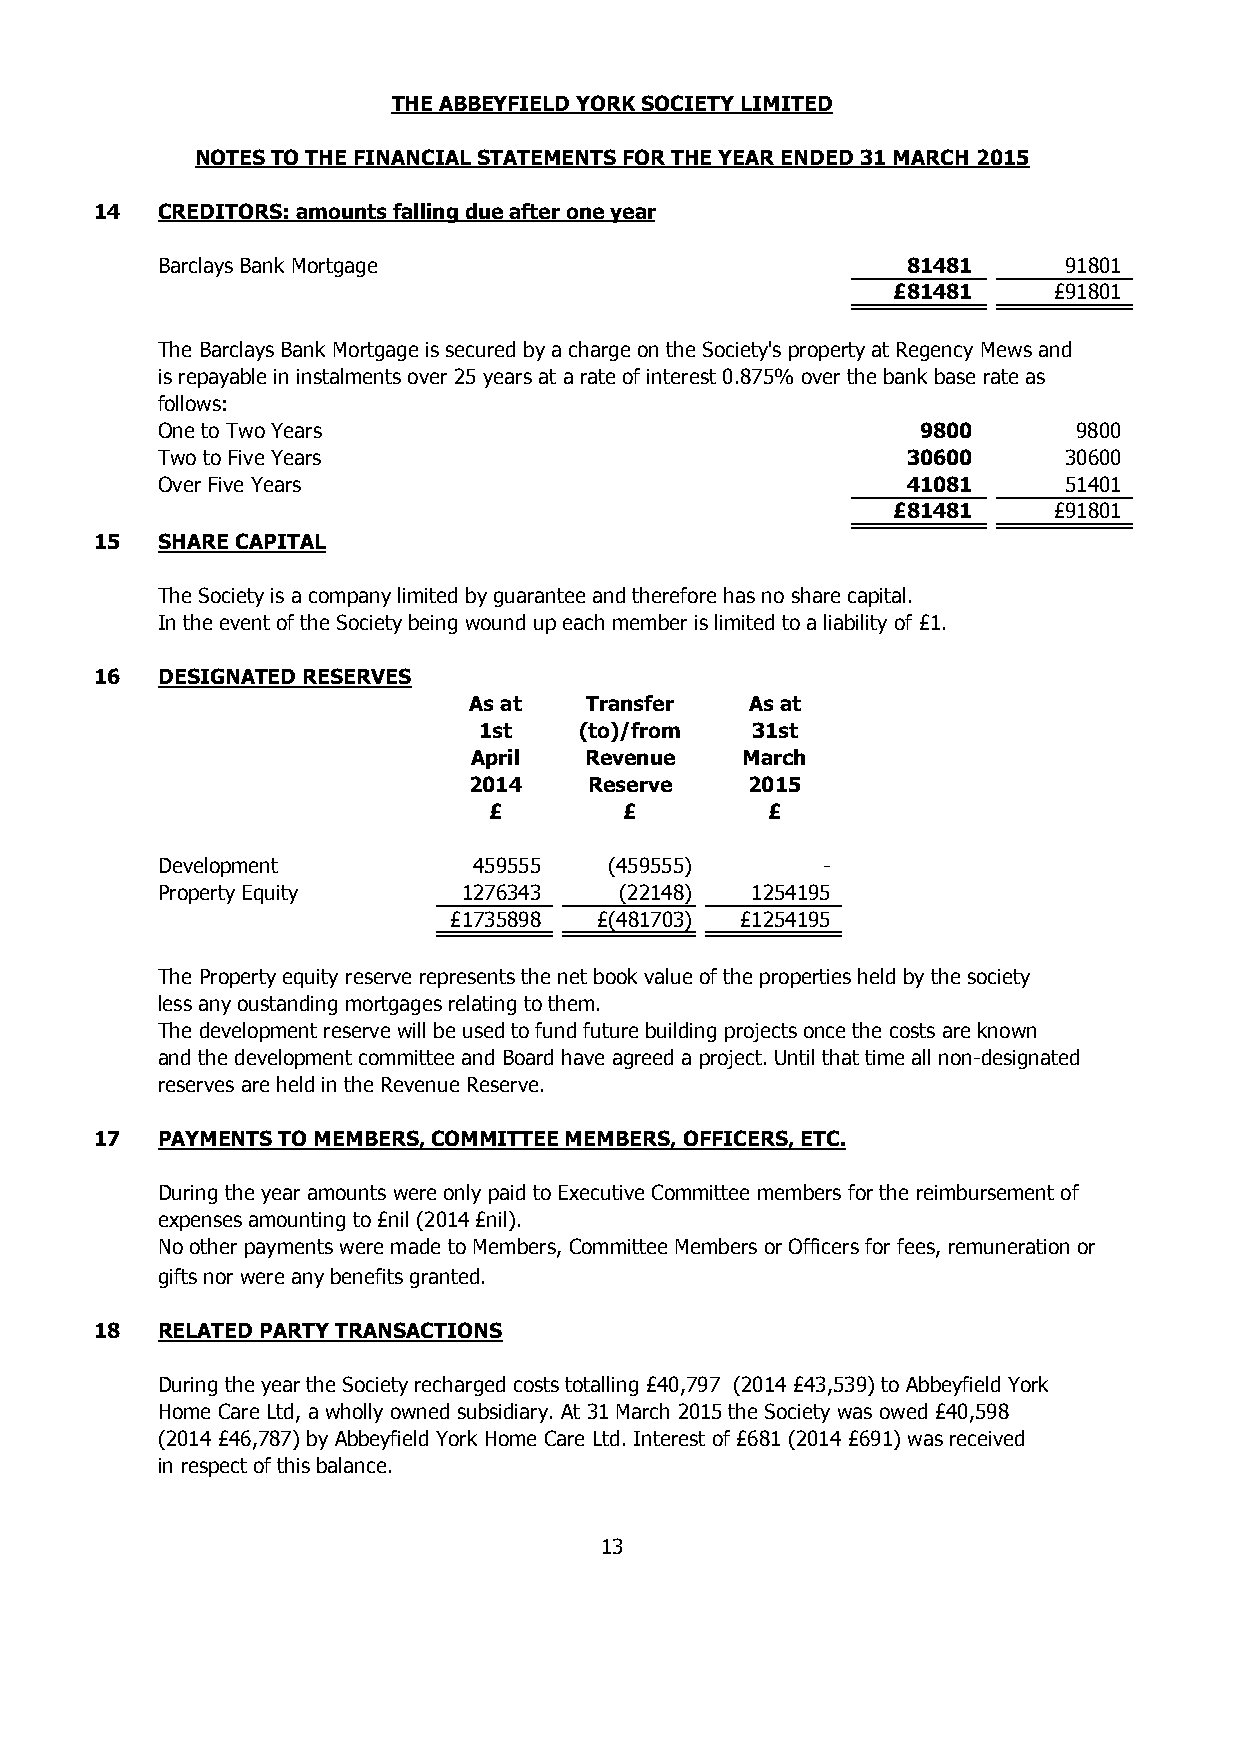
THE ABBEYFIELD YORK SOCIETY LIMITED
 NOTES TO THE FINANCIAL STATEMENTS FOR THE YEAR ENDED 31 MARCH 2015
 14  CREDITORS: amounts falling due after one year
 Barclays Bank Mortgage                            81481     91801
 £81481     £ 91801
 The Barclays Bank Mortgage is secured by a charge on the Society's property at Regency Mews and
 is repayable in instalments over 25 years at a rate of interest 0.875% over the bank base rate as
 follows:
 One to Two Years                                   9 800     9800
 Two to Five Years                                 30600     30600
 Over Five Years                                   41081     51401
 £81481     £ 91801
 15  SHARE CAPITAL
 The Society is a company limited by guarantee and therefore has no share capital.
 In the event of the Society being wound up each member is limited to a liability of £1.
 16  DESIGNATED RESERVES
 As at   Transfer   As at
 1st   (to)/from   31st
 April   Revenue   March
 2014    Reserve    2015
 £        £         £
 Development          459555   (459555)      -
 Property Equity      1 276343  ( 22148) 1254195
 £1735898  £(481703) £1254195
 The Property equity reserve represents the net book value of the properties held by the society
 less any oustanding mortgages relating to them.
 The development reserve will be used to fund future building projects once the costs are known
 and the development committee and Board have agreed a project. Until that time all non-designated
 reserves are held in the Revenue Reserve.
 17  PAYMENTS TO MEMBERS, COMMITTEE MEMBERS, OFFICERS, ETC.
 During the year amounts were only paid to Executive Committee members for the reimbursement of
 expenses amounting to £nil (2014 £nil).
 No other payments were made to Members, Committee Members or Officers for fees, remuneration or
 gifts nor were any benefits granted.
 18  RELATED PARTY TRANSACTIONS
 During the year the Society recharged costs totalling £40,797 (2014 £43,539) to Abbeyfield York
 Home Care Ltd, a wholly owned subsidiary. At 31 March 2015 the Society was owed £40,598
 (2014 £46,787) by Abbeyfield York Home Care Ltd. Interest of £681 (2014 £691) was received
 in respect of this balance.
 13